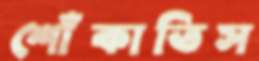
শোঁকাতিস